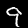
Label: 9